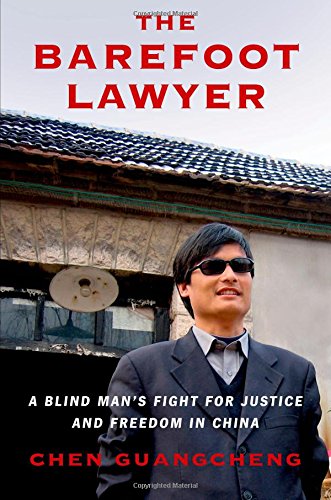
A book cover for The Barefoot Lawyer: A Blind Man's Fight for Justice and Freedom in China; Chen Guangcheng; Law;